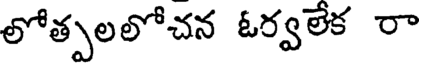
లోత్పలలోచన ఓర్వలేక రా